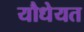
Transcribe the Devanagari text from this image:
यौधेयत